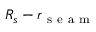
R _ { s } - r _ { \mathrm { ~ s ~ e ~ a ~ m ~ } }